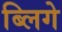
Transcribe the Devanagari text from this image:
ब्लिगे